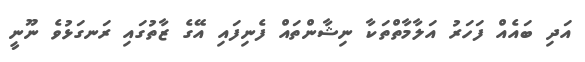
އަދި ބައެއް ފަހަރު އަލާމާތްތަކާ ނިޝާންތައް ފެނިފައި އޭގެ ޒާތުގައި ރަނގަޅުވެ ނޫނީ